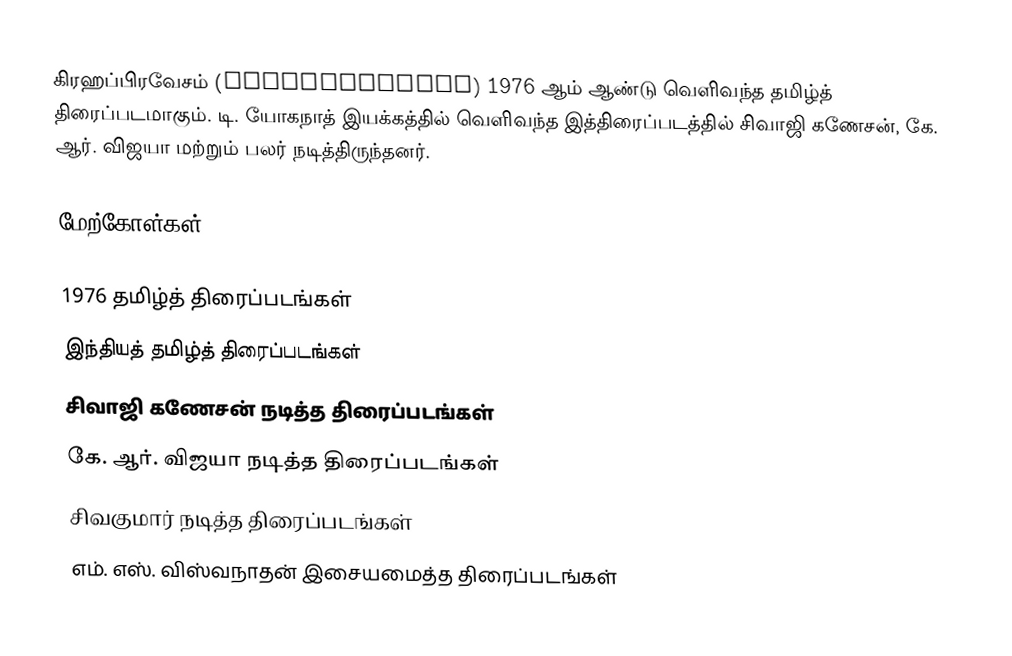
கிரஹப்பிரவேசம் (Gruhapravesam) 1976 ஆம் ஆண்டு வெளிவந்த தமிழ்த் திரைப்படமாகும். டி. யோகநாத் இயக்கத்தில் வெளிவந்த இத்திரைப்படத்தில் சிவாஜி கணேசன், கே. ஆர். விஜயா மற்றும் பலர் நடித்திருந்தனர்.

மேற்கோள்கள்

1976 தமிழ்த் திரைப்படங்கள்
இந்தியத் தமிழ்த் திரைப்படங்கள்
சிவாஜி கணேசன் நடித்த திரைப்படங்கள்
கே. ஆர். விஜயா நடித்த திரைப்படங்கள்
சிவகுமார் நடித்த திரைப்படங்கள்
எம். எஸ். விஸ்வநாதன் இசையமைத்த திரைப்படங்கள்